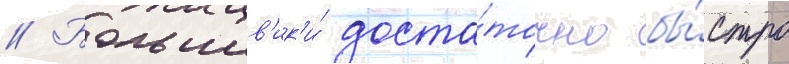
// Большев'ик'и́ доста́точно бы́стро